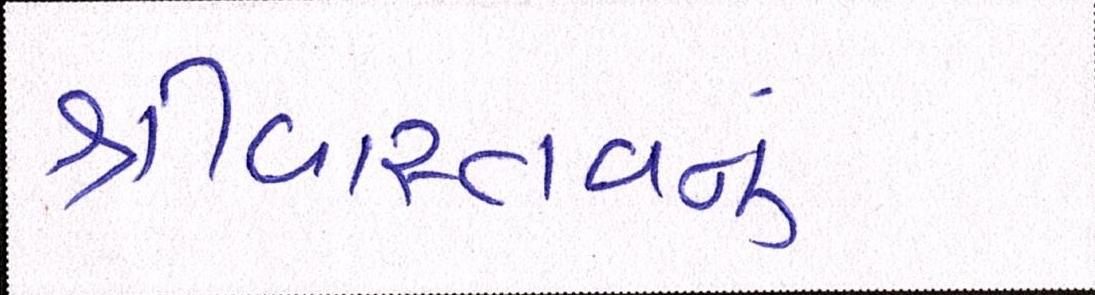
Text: શ્રીવાસ્તવનું